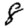
Digit: 8